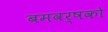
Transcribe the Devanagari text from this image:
बमवर्षको